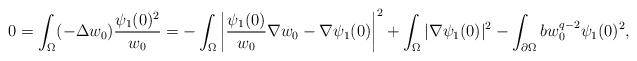
LaTeX: \begin{align*}0 = \int_\Omega (-\Delta w_0) \frac{\psi_1(0)^2}{w_0} = - \int_\Omega \left\vert \frac{\psi_1(0)}{w_0} \nabla w_0 - \nabla \psi_1(0) \right\vert^2 + \int_\Omega |\nabla \psi_1(0)|^2 - \int_{\partial \Omega}b w_0^{q-2}\psi_1(0)^2, \end{align*}